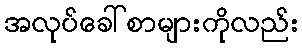
အလုပ်ခေါ်စာများကိုလည်း